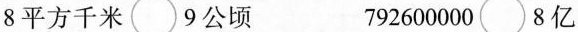
8平方千米\bigcirc9公顷 792600000\bigcirc8亿